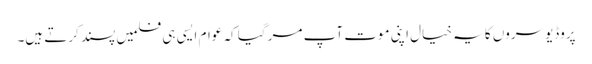
پروڈیوسروں کا یہ خیال اپنی موت آپ مر گیا کہ عوام ایسی ہی فلمیں پسند کرتے ہیں۔